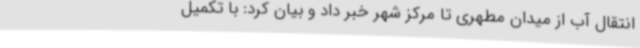
انتقال آب از میدان مطهری تا مرکز شهر خبر داد و بیان کرد: با تکمیل